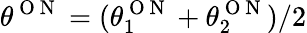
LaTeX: \theta^{\mathrm{~O~N~}}=(\theta_{1}^{\mathrm{~O~N~}}+\theta_{2}^{\mathrm{~O~N~}})/2